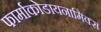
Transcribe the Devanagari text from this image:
फार्माकोडायनामिक्स